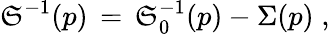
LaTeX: \mathfrak{S}^{-1}(p)\, =\, \mathfrak{S}_{0}^{-1}(p)-\Sigma(p)\; ,